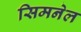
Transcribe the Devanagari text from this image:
सिमनेल